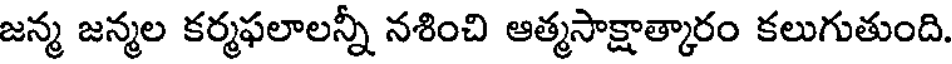
జన్మ జన్మల కర్మఫలాలన్నీ నశించి ఆత్మసాక్షాత్కారం కలుగుతుంది.